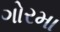
ગોરમા